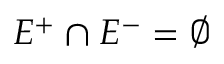
E ^ { + } \cap E ^ { - } = \emptyset